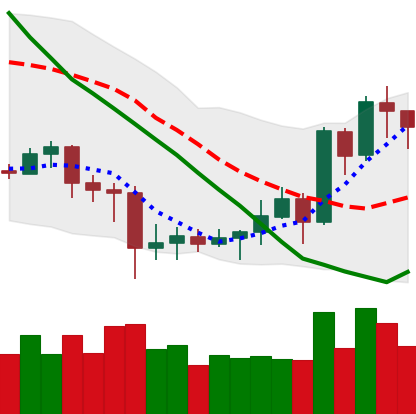
Ticker: EOS-USD
Chart end date: 2020-07-10
Forward return: -3.268%
Label: down_3_5